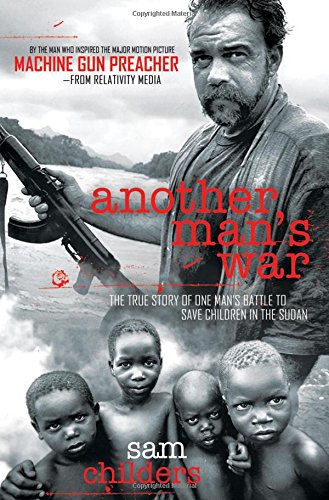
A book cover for Another Man's War: The True Story of One Man's Battle to Save Children in the Sudan; Sam Childers; Biographies & Memoirs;